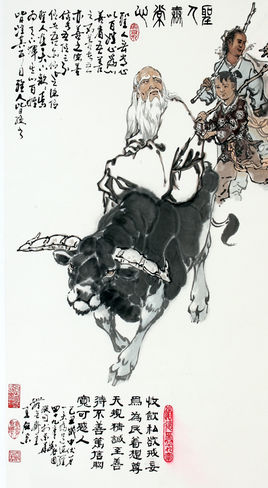
用国者，得百姓之力者富，得百姓之死者强，得百姓之誉者荣。